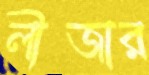
লীজার